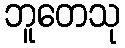
ဘူတေသု